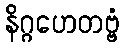
နိဂ္ဂဟေတဗ္ဗံ